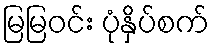
မြမြဝင်း ပုံနှိပ်စက်